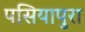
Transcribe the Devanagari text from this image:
पसियापुरा